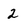
Character: 2